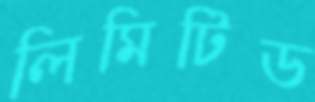
লিমিটিড